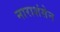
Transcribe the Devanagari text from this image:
नाराशंसेन